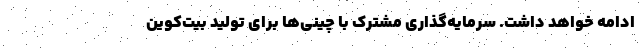
ادامه خواهد داشت. سرمایه‌گذاری مشترک با چینی‌ها برای تولید بیت‌کوین